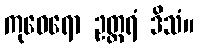
ကုဝေရော ဥတ္တရံ ဒိသံ။